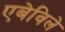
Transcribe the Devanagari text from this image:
एबेविले